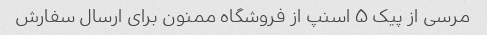
مرسی از پیک ۵ اسنپ از فروشگاه ممنون برای ارسال سفارش